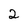
Character: 2